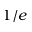
1 / e